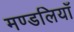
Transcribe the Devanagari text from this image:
मण्डलियाँ